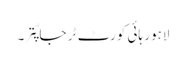
لاہور ہائی کورٹ ٹر جا پّتر ۔